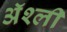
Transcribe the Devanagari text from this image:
ॲश्ली